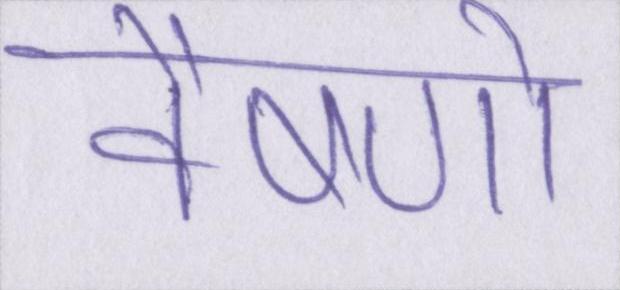
वैष्णो